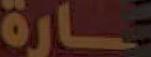
ـارة